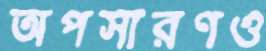
অপসারণও